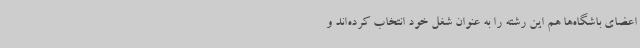
اعضای باشگاه‌ها هم این رشته را به عنوان شغل خود انتخاب کرده‌اند و